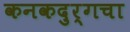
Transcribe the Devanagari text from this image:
कनकदुर्गचा